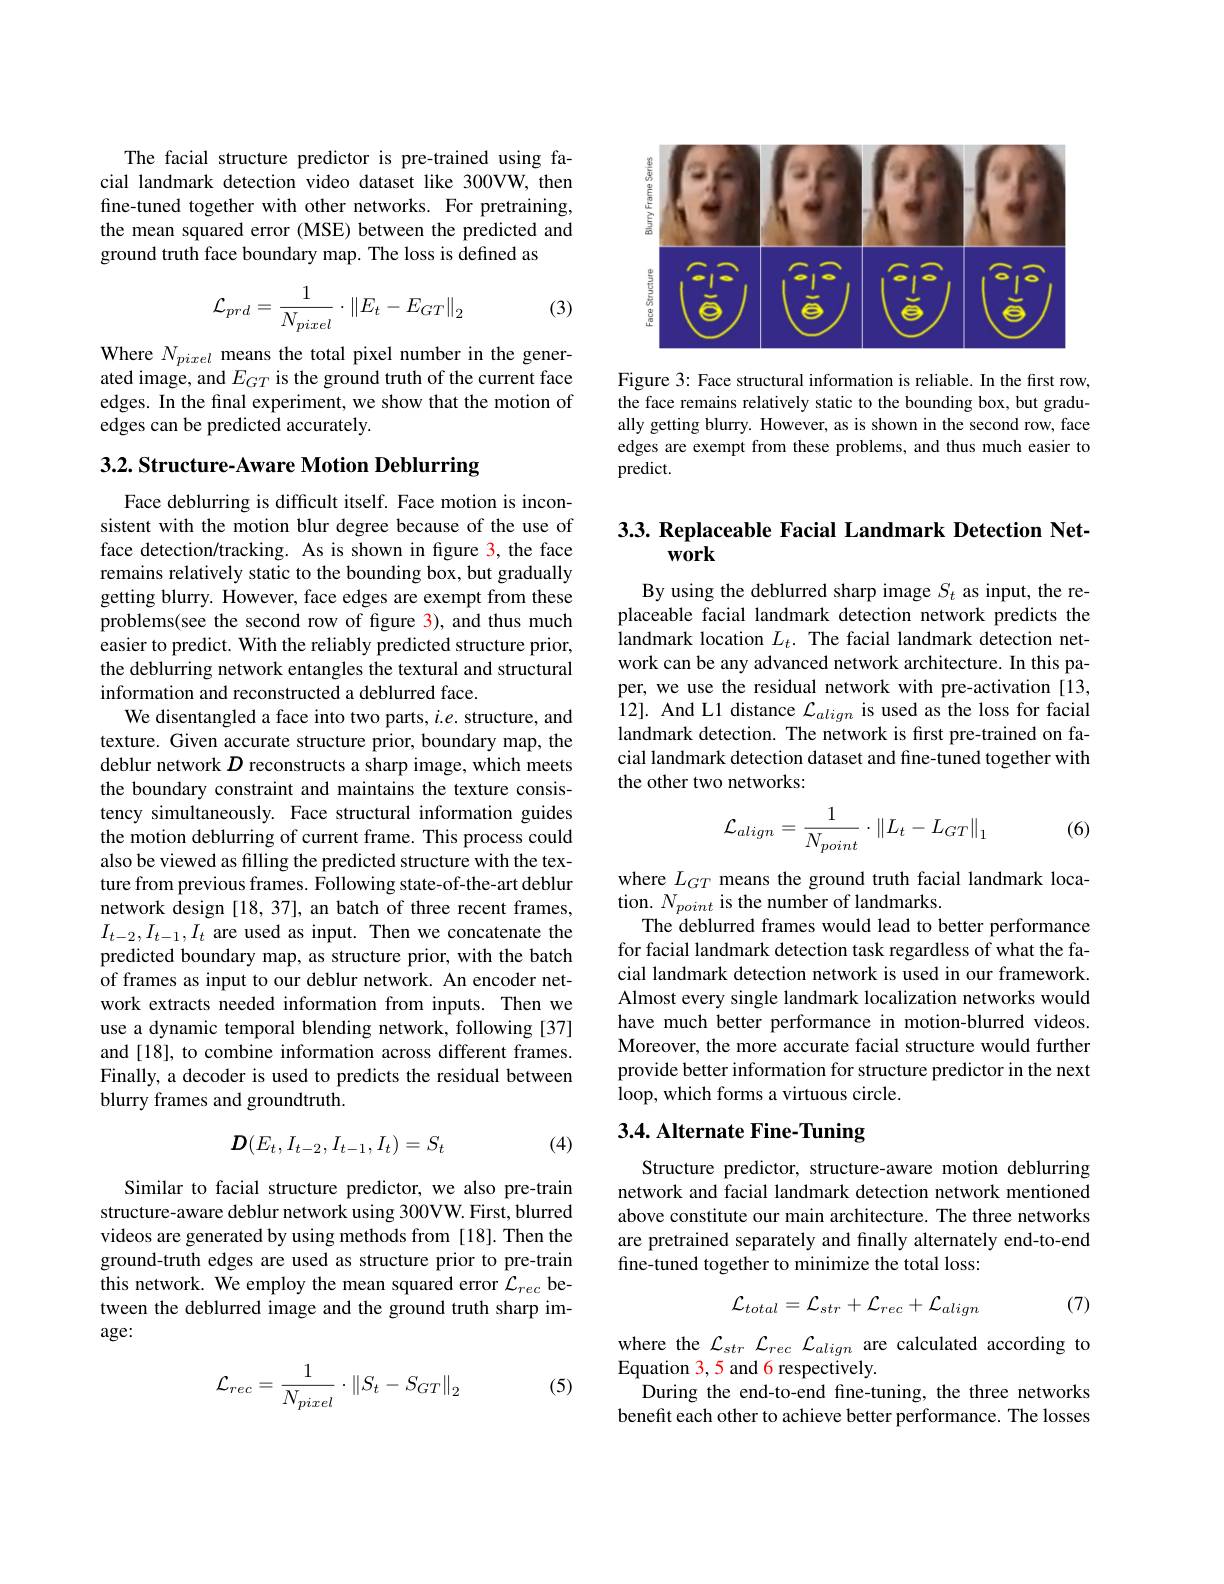
The facial structure predictor is pre-trained using facial landmark detection video dataset like 300VW, then fine-tuned together with other networks. For pretraining, the mean squared error (MSE) between the predicted and ground truth face boundary map. The loss is defined as

(3)
$$\mathcal{L}_{prd}=\frac{1}{N_{pixel}}\cdot\left\|E_{t}-E_{GT}\right\|_{2}$$
Where $N_{pixel}$ means the total pixel number in the generated image, and $E_GT$ is the ground truth of the current face edges. In the final experiment, we show that the motion of edges can be predicted accurately.

3.2. Structure- Aware Motion Deblurring
Face deblurring is difficult itself. Face motion is inconsistent with the motion blur degree because of the use of face detection/tracking. As is shown in figure 3, the face remains relatively static to the bounding box, but gradually getting blurry. However, face edges are exempt from these problems(see the second row of figure 3), and thus much easier to predict. With the reliably predicted structure prior, the deblurring network entangles the textural and structural information and reconstructed a deblurred face.
We disentangled a face into two parts, $i.e.$ structure, and texture. Given accurate structure prior, boundary map, the deblur network $D$ reconstructs a sharp image, which meets the boundary constraint and maintains the texture consistency simultaneously. Face structural information guides the motion deblurring of current frame. This process could also be viewed as filling the predicted structure with the texture from previous frames. Following state-of-the-art deblur network design [18,37], an batch of three recent frames, $I_{t-2},I_{t-1},I_t$ are used as input. Then we concatenate the predicted boundary map, as structure prior, with the batch of frames as input to our deblur network. An encoder network extracts needed information from inputs. Then we use a dynamic temporal blending network, following [37] and [18], to combine information across different frames. Finally, a decoder is used to predicts the residual between blurry frames and groundtruth.
$$\boldsymbol{D}(E_t,I_{t-2},I_{t-1},I_t)=S_t$$
(4)

Similar to facial structure predictor, we also pre-train structure-aware deblur network using 300VW. First, blurred videos are generated by using methods from [18]. Then the ground-truth edges are used as structure prior to pre-train this network. We employ the mean squared error $\mathcal{L}_rec$ between the deblurred image and the ground truth sharp image:
$$\mathcal{L}_{rec}=\frac{1}{N_{pixel}}\cdot\left\|S_{t}-S_{GT}\right\|_{2}$$
(5)

<FigureHere>

Figure 3: Face structural information is reliable. In the first row, the face remains relatively static to the bounding box, but gradually getting blurry. However, as is shown in the second row, face edges are exempt from these problems, and thus much easier to predict.

## 3.3. Replaceable Facial Landmark Detection Net- $w0rk$

By using the deblurred sharp image $S_t$ as input, the replaceable facial landmark detection network predicts the landmark location $L_t.$ The facial landmark detection network can be any advanced network architecture. In this paper, we use the residual network with pre-activation[13, 12]. And L1 distance $\mathcal{L}_align$ is used as the loss for facial landmark detection. The network is first pre-trained on facial landmark detection dataset and fine-tuned together with the other two networks:
$$\mathcal{L}_{align}=\frac{1}{N_{point}}\cdot\left\|L_{t}-L_{GT}\right\|_{1}$$
(6)

where $L_{GT}$ means the ground truth facial landmark loca-
tion. $N_{point}$ is the number of landmarks.
The deblurred frames would lead to better performance for facial landmark detection task regardless of what the facial landmark detection network is used in our framework. Almost every single landmark localization networks would have much better performance in motion-blurred videos. Moreover, the more accurate facial structure would further provide better information for structure predictor in the next loop, which forms a virtuous circle.

# 3.4. Alternate Fine- Tuning

Structure predictor, structure-aware motion deblurring network and facial landmark detection network mentioned above constitute our main architecture. The three networks are pretrained separately and finally alternately end-to-end fine-tuned together to minimize the total loss:
$$\mathcal{L}_{total}=\mathcal{L}_{str}+\mathcal{L}_{rec}+\mathcal{L}_{align}$$
(7)

where the $\mathcal{L}_str~\mathcal{L}_{rec}~\mathcal{L}_{align}$ are calculated according to
Equation 3, 5 and 6 respectively.
During the end-to-end fine-tuning, the three networks benefit each other to achieve better performance. The losses